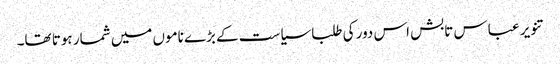
تنویر عباس تابش اس دور کی طلبا سیاست کے بڑے ناموں میں شمار ہوتا تھا۔